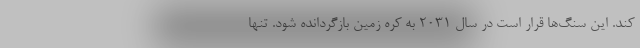
کند. این سنگ‌ها قرار است در سال ۲۰۳۱ به کره زمین بازگردانده شود. تنها